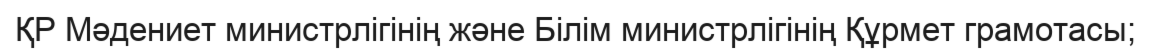
ҚР Мәдениет министрлігінің және Білім министрлігінің Құрмет грамотасы;